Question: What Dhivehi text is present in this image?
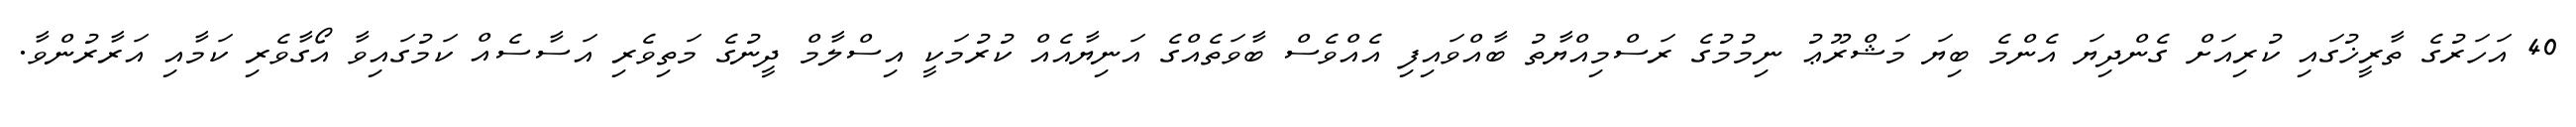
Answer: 40 އަހަރުގެ ތާރީޚުގައި ކުރިއަށް ގެންދިޔަ އެންމެ ބިޔަ މަޝްރޫޢު ނިމުމުގެ ރަސްމިއްޔާތު ބާއްވައިފި އެއްވެސް ބާވަތެއްގެ އަނިޔާއެއް ކުރުމަކީ އިސްލާމް ދީނުގެ މަތިވެރި އަސާސެއް ކަމުގައިވާ އޯގާވެރި ކަމާއި އަރާރުންވާ.